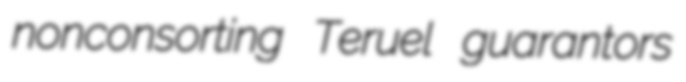
nonconsorting Teruel guarantors